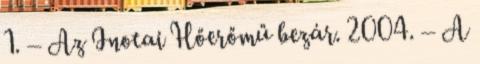
1. – Az Inotai Hőerőmű bezár. 2004. – A